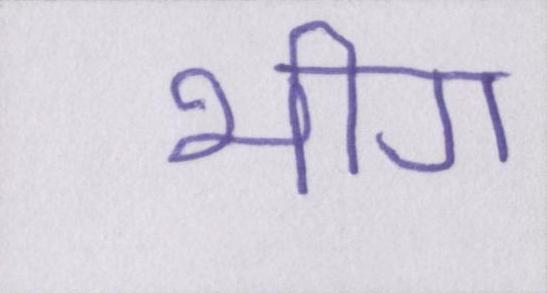
भीग